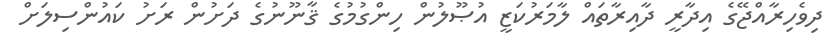
ދިވެހިރާއްޖޭގެ އިދާރީ ދާއިރާތައް ލާމަރުކަޒީ އުޞޫލުން ހިންގުމުގެ ޤާނޫނުގެ ދަށުން ރަށު ކައުންސިލަށް